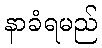
နာခံရမည်